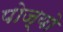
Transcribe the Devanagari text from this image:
पोज्यो